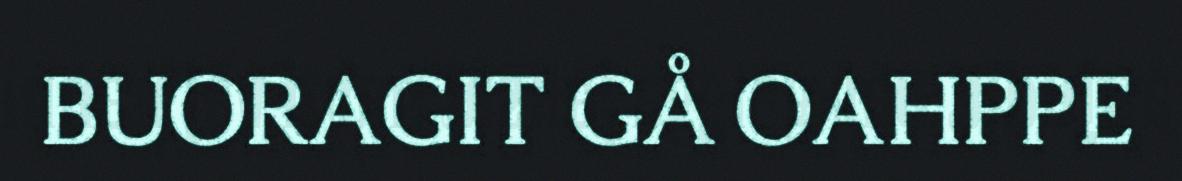
BUORAGIT GÅ OAHPPE